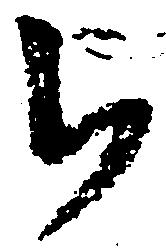
被